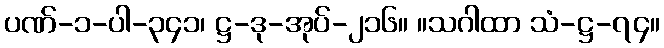
ပဏ်-၁-ပါ-၃၄၁၊ ဋ္ဌ-ဒု-အုပ်-၂၁၆။ ။သဂါထာ သံ-ဋ္ဌ-၇၄။